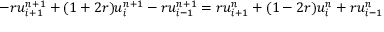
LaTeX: - r u _ { i + 1 } ^ { n + 1 } + ( 1 + 2 r ) u _ { i } ^ { n + 1 } - r u _ { i - 1 } ^ { n + 1 } = r u _ { i + 1 } ^ { n } + ( 1 - 2 r ) u _ { i } ^ { n } + r u _ { i - 1 } ^ { n }